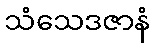
သံသေဒဇာနံ